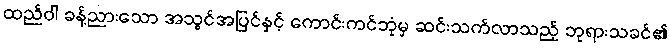
ထည်ဝါ ခန့်ညားသော အသွင်အပြင်နှင့် ကောင်းကင်ဘုံမှ ဆင်းသက်လာသည့် ဘုရားသခင်၏